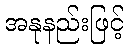
အနုနည်းဖြင့်